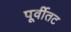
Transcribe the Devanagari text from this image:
पूर्वीतट